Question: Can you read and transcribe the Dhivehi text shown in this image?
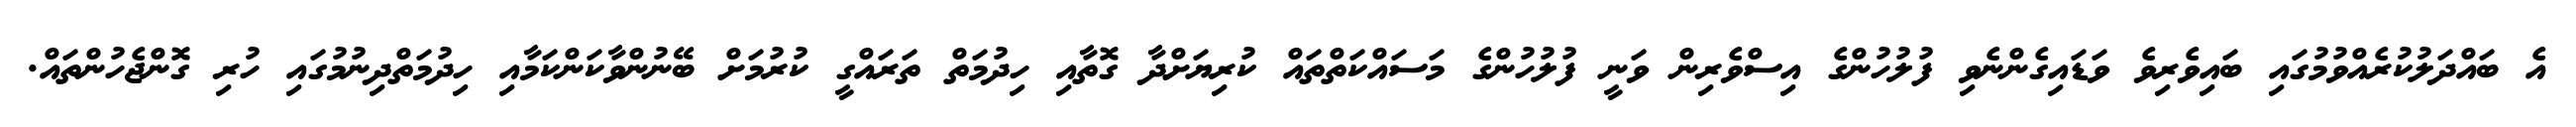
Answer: އެ ބައްދަލުކުރެއްވުމުގައި ބައިވެރިވެ ވަޑައިގެންނެވި ފުލުހުންގެ އިސްވެރިން ވަނީ ފުލުހުންގެ މަސައްކަތްތައް ކުރިޔަށްދާ ގޮތާއި ހިދުމަތް ތަރައްގީ ކުރުމަށް ބޭނުންވާކަންކަމާއި ހިދުމަތްދިނުމުގައި ހުރި ގޮންޖެހުންތައް.